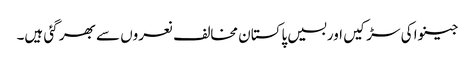
جینوا کی سڑکیں اوربسیں پاکستان مخالف نعروں سے بھر گئی ہیں۔